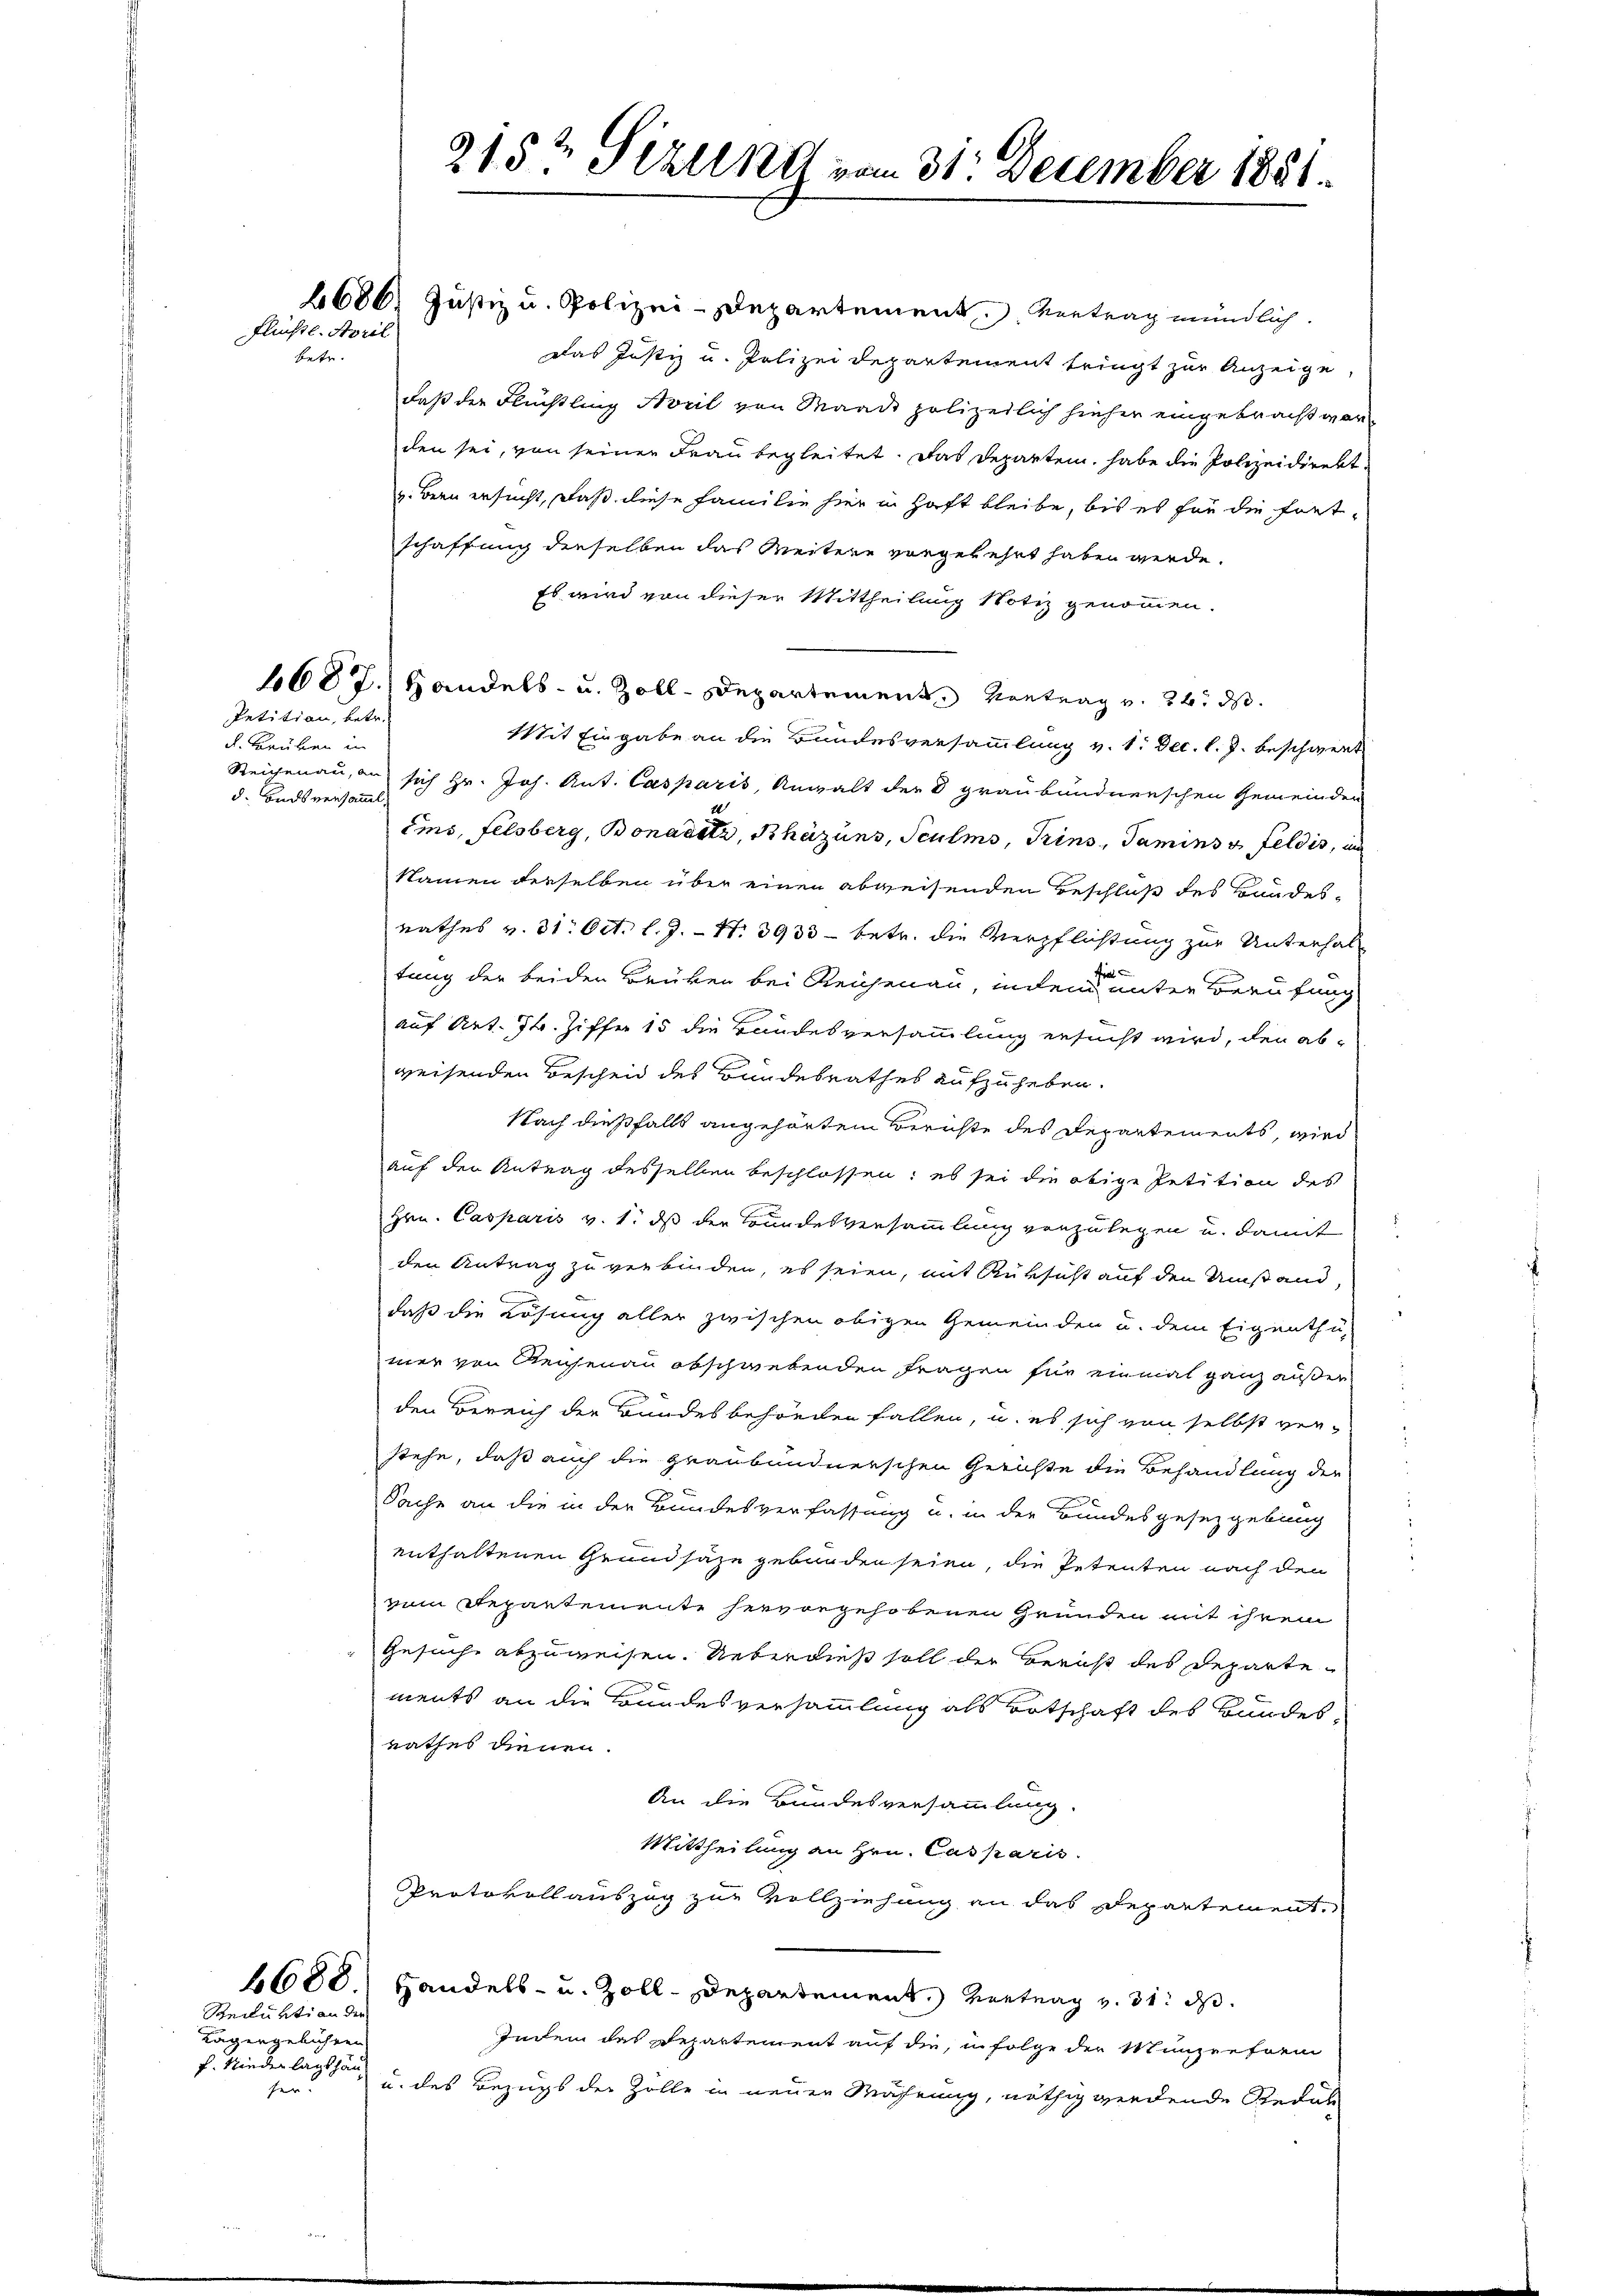
Flüchtl. April
betr.

d. Brüben in
d. Bndsversamml

Petition, betr.

Recluktion der
Tagengebühren
f. Niederlagshauser.

6688.

2680. Justiz u. Polizei-Departement, Vertrag mündlich.
Das Justiz u. Polizei Departement tringt zur Anzeige,
daß der Flüchtling Avril von Maadd polizeilich hieher eingebracht worden sei, von seiner Frau begleitet. Das Departen, habe die Polizeidirekt
v. Bern ersucht, daß diese Familie hier in Haft bleibe, bis es für die fort-
schaffung dieselben das Weitere vorgekehrt haben werde.
Es wird von dieser Mittheilung Notiz genommen.
1687. Handels- u. Zoll-Departement Kontrag v. 24. ds.
Mit Eingabe an die Bundesversammlung v. 1. Dec. l. J. beschwert
Reichenau, an sich Hr. Joh. Ant. Casparis, Anwalt der 8 graubündnerschen Gemeinden
Ems, Felsberg, Bonavitz, Khäzuns, Sculms, Trins, Tamins & Feldis, un
Namen derselben über einen abweisenden Beschluß des Bundes-
rathes v. 31. Oct. l. J. - N. 3933 - betr. die Verpflichtung zur Unterhal
Fra
tung der beiden Brüken bei Reichenau, indem unter Berufung
auf Art. Th. Ziffer 15 die Handesversammlung ersucht wird, den ab-
weisenden Bescheid des Bundesrathes aufzuheben.
Nach dießfalls angehörtem Berichte des Departements, wird
auf den Antrag desselben beschlossen; es sei die obige Petition des
Hrn. Casparis v. 1. ds der Bundesversammlung vorzulegen u. damit
den Antrag zu verbinden, es seien, mit Rüksicht auf den Umstand,
daß die Lösung aller zwischen obigen Gemeinden u. dem Eigenthu
mer von Reichenau abschwebenden Fragen für einmal ganz außer
den Bereich der Bundesbehörden fallen, u. es sich von selbst verstehe, daß auch die graubündnerschen Gerichte die Behandlung der
Sache an die in der Bundesverfassung u. in der Bundesgesetzgebung
enthaltenen Grundsaze gebunden seien, die Petenten nach den
vom Departemente hervorgehobenen Gründen mit ihrem
Gesuche abzuweisen. Ueberdieß soll der Bericht des Departements an die Bundesversammlung als Botschaft des Bundesrathes dienen.
An die Bundesversammlung.
Mittheilung an Hrn. Casparis
Protokollauszug zur Vollziehung an das Departement¬
Handels- u. Zoll-Departement. Vertrag v. 31. ds
Indem das Departement auf die, in Folge der Münzreform
u. des Bezugs der Zolle in neuer Währung, nöthig werdende Redak

215t Sekunst vom 31. December 1851.